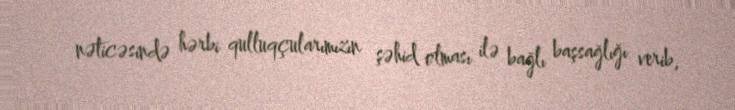
nəticəsində hərbi qulluqçularımızın şəhid olması ilə bağlı başsağlığı verib,